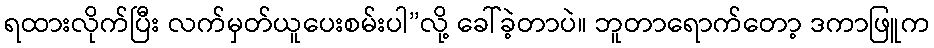
ရထားလိုက်ပြီး လက်မှတ်ယူပေးစမ်းပါ”လို့ ခေါ်ခဲ့တာပဲ။ ဘူတာရောက်တော့ ဒကာဖြူက